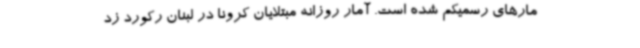
مارهای رسمیکم شده است. آمار روزانه مبتلایان کرونا در لبنان رکورد زد